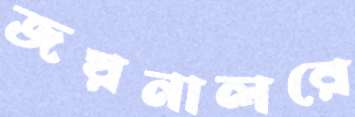
জয়নালরে